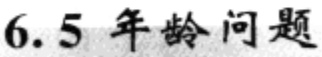
$6.5\ 年龄问题$